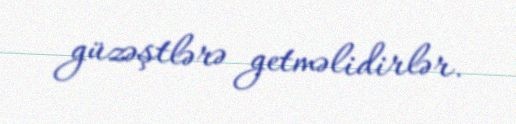
güzəştlərə getməlidirlər.